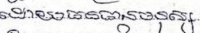
ដោយធនធានមនុស្ស